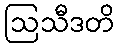
ဩသီဒတိ